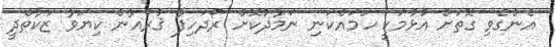
އެންގެވި ގޮތަށް އުޅުމަކީ ހަމައެކަނި ނަމާދުކޮށް ރޯދަހިފާ ޤުރުއާން ކިޔަވާ ޒަކާތްދީ